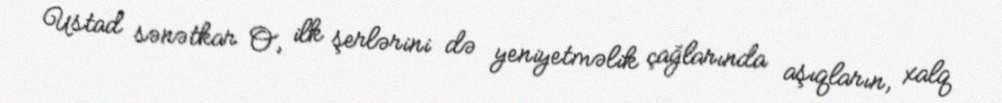
Ustad sənətkar O, ilk şerlərini də yeniyetməlik çağlarında aşıqların, xalq